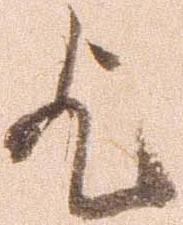
歟